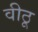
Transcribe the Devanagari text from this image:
वीठू